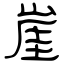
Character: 崖